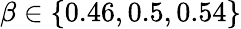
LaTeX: \beta\in\{ 0.46,0.5,0.54\}